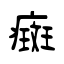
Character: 癍